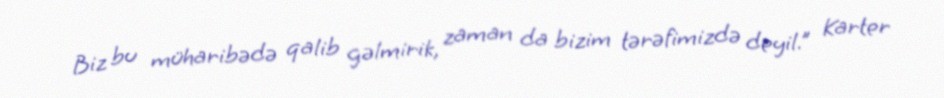
Biz bu müharibədə qalib gəlmirik, zaman da bizim tərəfimizdə deyil.” Karter